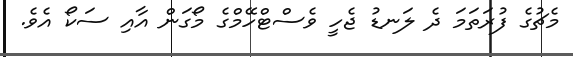
މެޗުގެ ފުރަތަމަ ދެ ލަނޑު ޖެހީ ވެސްޓްހޭމްގެ މޯގަން އާއި ސަކޯ އެވެ.